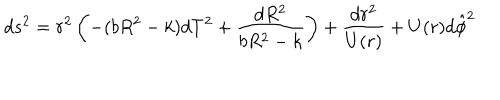
d s ^ { 2 } = r ^ { 2 } \left( - ( b R ^ { 2 } - k ) d T ^ { 2 } + \frac { d R ^ { 2 } } { b R ^ { 2 } - k } \right) + \frac { d r ^ { 2 } } { U ( r ) } + U ( r ) d \hat { \phi } ^ { 2 }